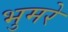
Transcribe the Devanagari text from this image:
भुमरे